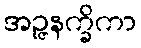
အဉ္ဇနက္ခိကာ